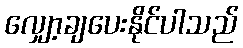
လျှော့ချပေးနိုင်ပါသည်